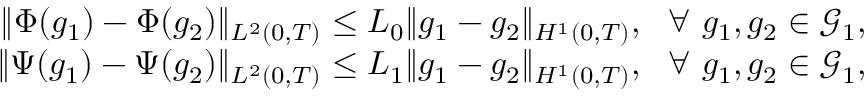
\begin{array} { r } { \Vert \Phi ( g _ { 1 } ) - \Phi ( g _ { 2 } ) \Vert _ { L ^ { 2 } ( 0 , T ) } \leq L _ { 0 } \Vert g _ { 1 } - g _ { 2 } \Vert _ { H ^ { 1 } ( 0 , T ) } , \ \ \forall \ g _ { 1 } , g _ { 2 } \in \mathcal { G } _ { 1 } , } \\ { \Vert \Psi ( g _ { 1 } ) - \Psi ( g _ { 2 } ) \Vert _ { L ^ { 2 } ( 0 , T ) } \leq L _ { 1 } \Vert g _ { 1 } - g _ { 2 } \Vert _ { H ^ { 1 } ( 0 , T ) } , \ \ \forall \ g _ { 1 } , g _ { 2 } \in \mathcal { G } _ { 1 } , } \end{array}